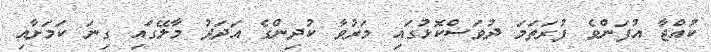
ކުއްޖާ އުފަންވެ ފުރަތަމަ ދުވަސްކޮޅުގައި މަރުވާ ކުދިންގެ އަދަދު މާލޭގައި ގިނަ ކަމަށާއި